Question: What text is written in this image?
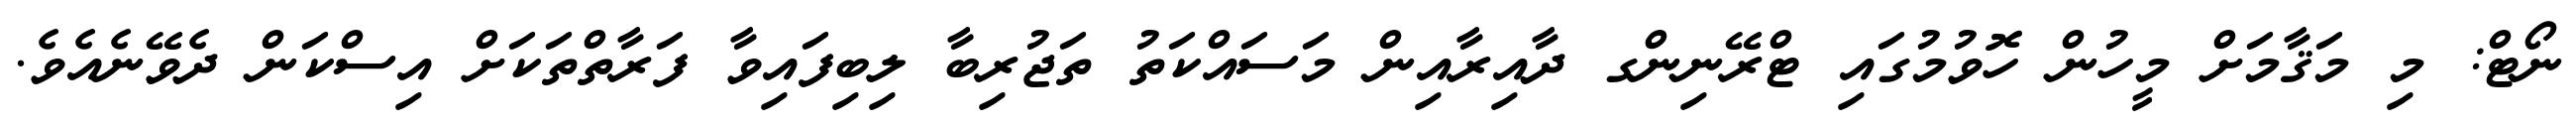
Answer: ނޯޓް: މި މަޤާމަށް މީހުން ހޮވުމުގައި ޓްރޭނިންގ ދާއިރާއިން މަސައްކަތު ތަޖުރިބާ ލިބިފައިވާ ފަރާތްތަކަށް އިސްކަން ދެވޭނެއެވެ.